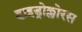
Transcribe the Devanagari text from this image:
हाइड्रोक्लोरस